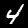
Label: 4